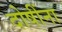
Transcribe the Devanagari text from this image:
दोषींना